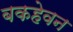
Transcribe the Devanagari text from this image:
बकहेवन